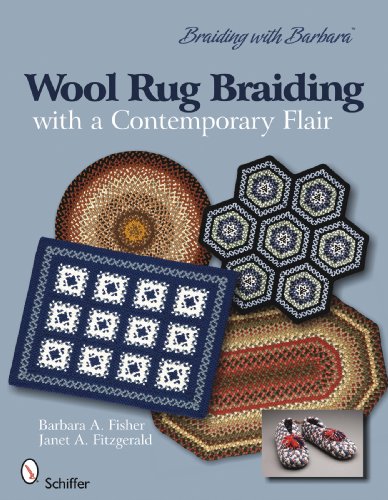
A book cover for Braiding with Barbara*TM /Wool Rug Braiding with a contemporary flair; Janet A. Fitzgerald Barbara A. Fisher; Crafts, Hobbies & Home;